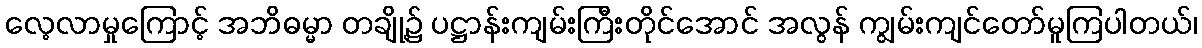
လေ့လာမှုကြောင့် အဘိဓမ္မာ တချို့၌ ပဋ္ဌာန်းကျမ်းကြီးတိုင်အောင် အလွန် ကျွမ်းကျင်တော်မူကြပါတယ်၊